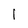
Character: l